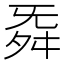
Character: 𮎁